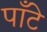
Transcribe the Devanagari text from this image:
पाँटे